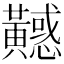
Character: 𪏤